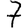
Digit: 7